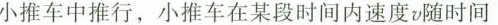
小推车中推行，小推车在某段时间内速度v随时间